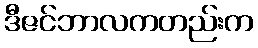
ဒီဇင်ဘာလကတည်းက